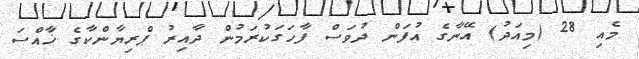
މެއި 28 (މިއަދު) އޭނާގެ އުފަން ދުވަސް ފާހަގަކުރަމުން ދާއިރު ޕްރިޔާންކާގެ ޚާއްސަ